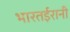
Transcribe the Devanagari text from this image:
भारतईरानी